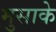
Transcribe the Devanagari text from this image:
मुसाके